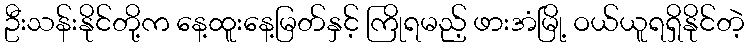
ဦးသန်းနိုင်တို့က နေ့ထူးနေ့မြတ်နှင့် ကြိုရမည့် ဖားအံမြို့ ဝယ်ယူရရှိနိုင်တဲ့